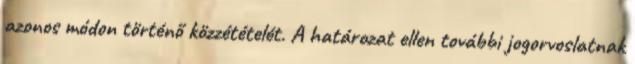
azonos módon történő közzétételét. A határozat ellen további jogorvoslatnak